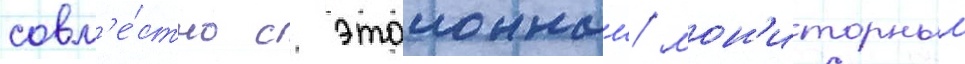
совм'е́стно с эталонным/ мон'иторным